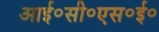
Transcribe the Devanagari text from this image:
आई॰सी॰एस॰ई॰